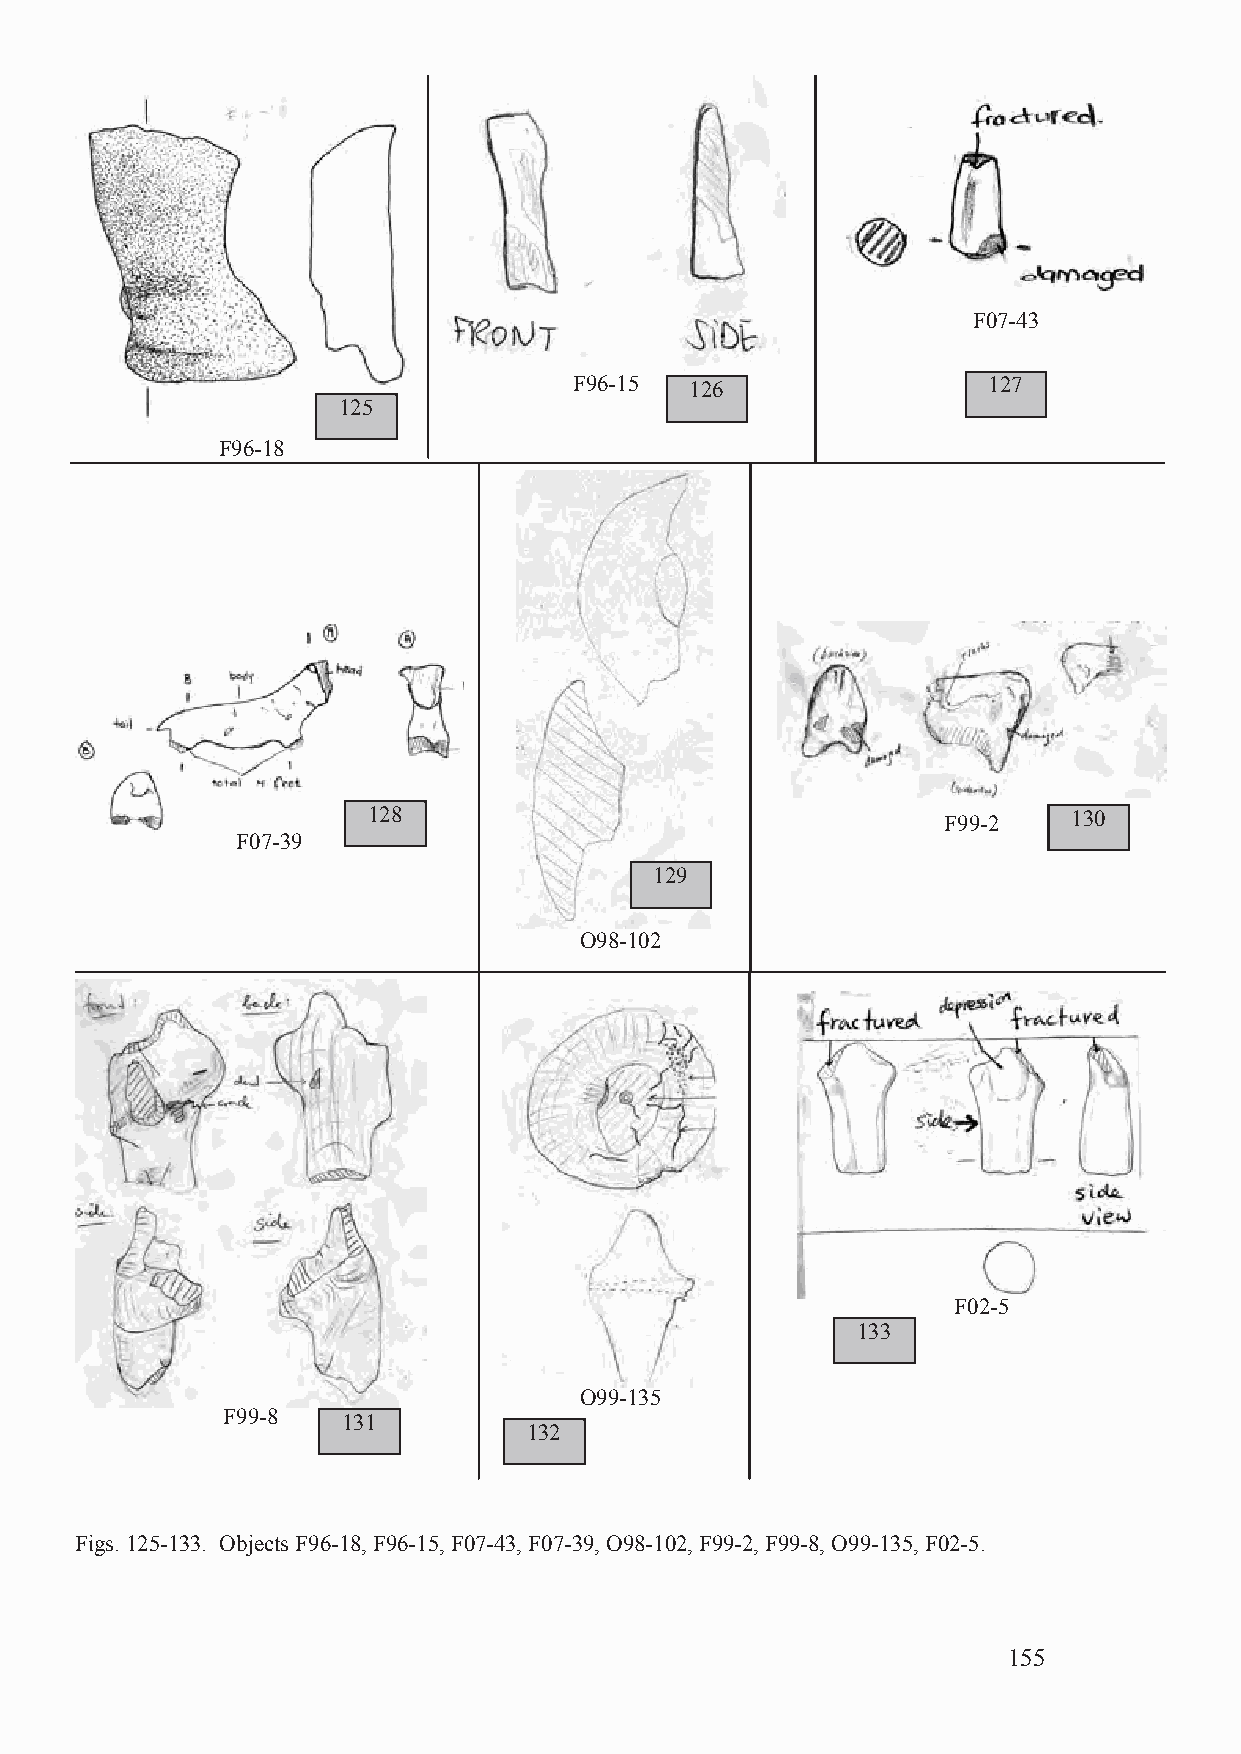
F07-43
 F96-15  126                127
 125
 F96-18
 128                                   F99-2    130
 F07-39
 129
 O98-102
 F02-5
 133
 O99-135
 F99-8   131
 132
 Figs. 125-133. Objects F96-18, F96-15, F07-43, F07-39, O98-102, F99-2, F99-8, O99-135, F02-5.
 155